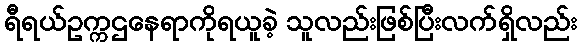
ရီရယ်ဥက္ကဌနေရာကိုရယူခဲ့ သူလည်းဖြစ်ပြီးလက်ရှိလည်း